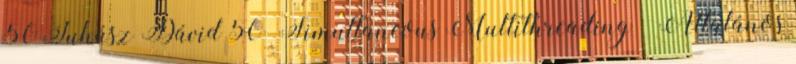
50 Juhász Dávid 50 Simultaneous Multithreading ● Általános